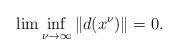
LaTeX: \begin{align*}\lim \inf_{\nu \to \infty} \|d(x^\nu)\| = 0.\end{align*}